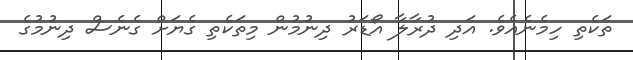
ތަކެތި ހިމެނެއެވެ. އަދި ދުރާލާ އޯޑަރު ދިނުމުން މިތަކެތި ގެޔަށް ގެނެސް ދިނުމުގެ